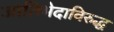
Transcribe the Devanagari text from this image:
जातिभेदाविरुद्ध